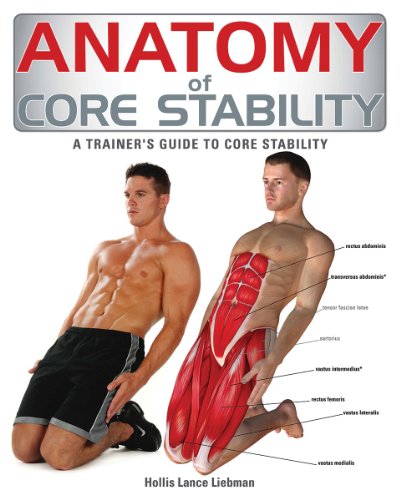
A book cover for Anatomy of Core Stability: A Trainer's Guide to Core Stability; Hollis Liebman; Health, Fitness & Dieting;